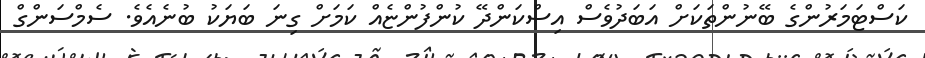
ކަސްޓަމަރުންގެ ބޭނުންތަކަށް އަބަދުވެސް އިސްކަންދޭ ކުންފުންޏެއް ކަމަށް ގިނަ ބަޔަކު ބުނެއެވެ. ސެމްސަންގް